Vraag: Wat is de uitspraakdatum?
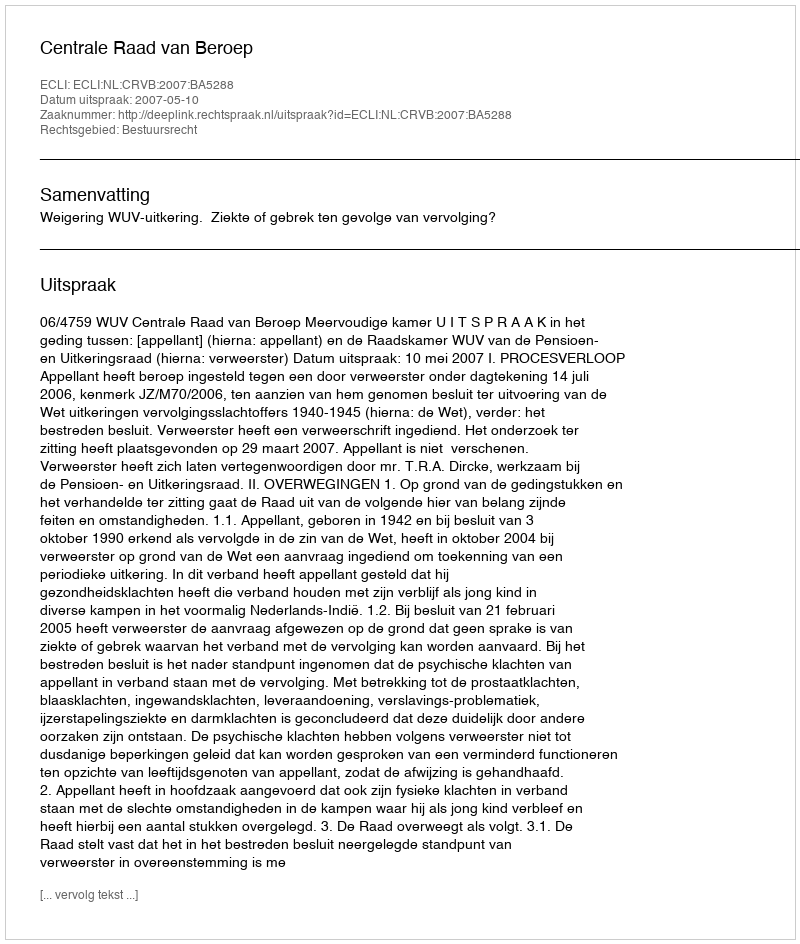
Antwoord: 2007-05-10